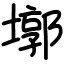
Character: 墎